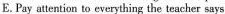
E.Pay attention to everything the teacher says.